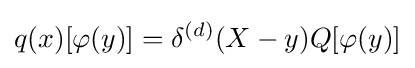
q(x)[\varphi (y)]=\delta ^{(d)}(X-y)Q[\varphi (y)]